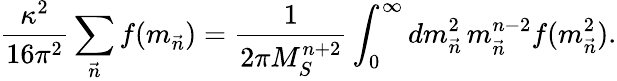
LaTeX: {\frac{\kappa^{2}}{16\pi^{2}}}\sum_{\vec{n}}f(m_{\vec{n}})={\frac{1}{2\pi M_{S}^{n+2}}}\int_{0}^{\infty}dm_{\vec{n}}^{2}\, m_{\vec{n}}^{n-2}f(m_{\vec{n}}^{2}).